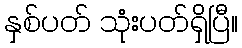
နှစ်ပတ် သုံးပတ်ရှိပြီ။